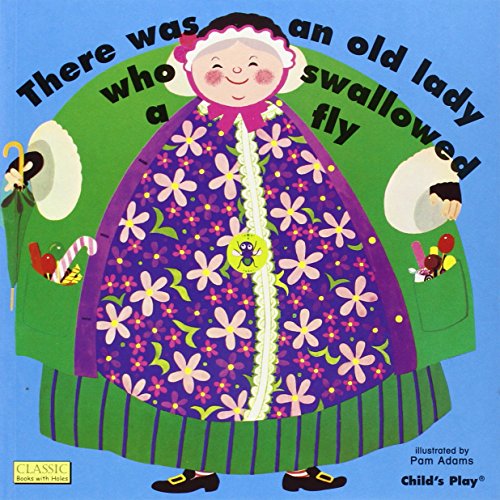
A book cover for There Was an Old Lady Who Swallowed a Fly (Classic Books with Holes); Pam Adams; Children's Books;